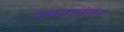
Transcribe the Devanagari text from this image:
वचनानंतर